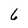
Character: 6